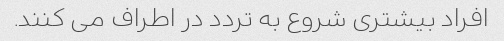
افراد بیشتری شروع به تردد در اطراف می کنند.